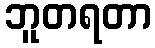
ဘူတရတာ